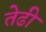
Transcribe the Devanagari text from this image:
तेढी